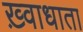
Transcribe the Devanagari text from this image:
ख़्वाधाता